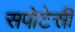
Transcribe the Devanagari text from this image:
सपोटेसी